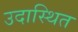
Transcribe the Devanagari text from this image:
उदास्थित